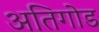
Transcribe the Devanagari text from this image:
अतिगोड